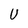
Character: U